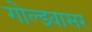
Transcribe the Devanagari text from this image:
गोल्डवासर